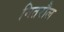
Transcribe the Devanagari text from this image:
मितरौल